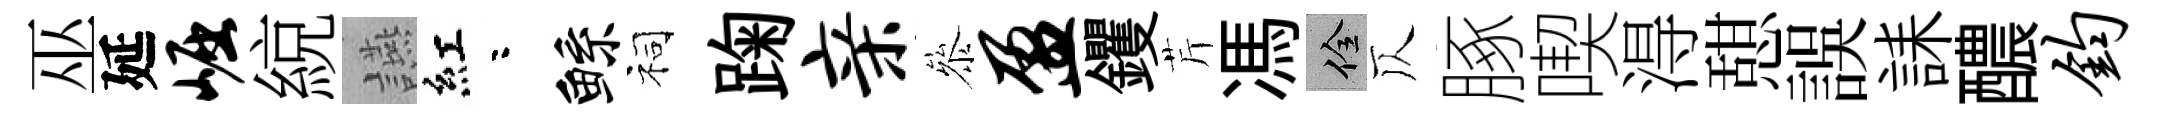
巫延崛綂讌紅咯鲧祠踘亲叅盈钁芹馮佺仄䐁喫淂憇誤誄醲钧